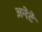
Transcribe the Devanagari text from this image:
अनेटे